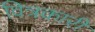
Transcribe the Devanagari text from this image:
वित्रकारी